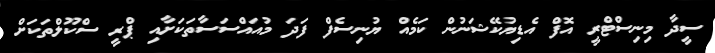
ސީދާ މިނިސްޓްރީ އޮފް އެޑިޔުކޭޝަނުން ކަމެއް ޔުނިސެފް ފަދަ މުއައްސަސާތަކަށާއި ޕްރީ ސްކޫލްތަކަށް